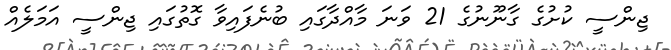
ޖިންސީ ކުށުގެ ގާނޫނުގެ 21 ވަނަ މާއްދާގައި ބުނެފައިވާ ގޮތުގައި ޖިންސީ އަމަލެއް